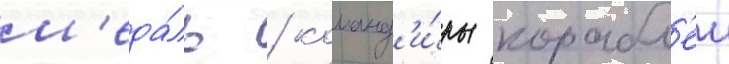
м'еда́ль / команд'и́ры корабл'еи